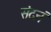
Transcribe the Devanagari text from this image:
संदनं